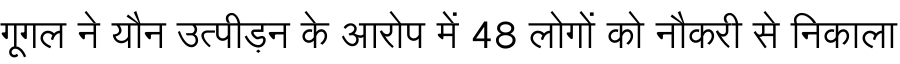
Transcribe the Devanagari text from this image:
गूगल ने यौन उत्पीड़न के आरोप में 48 लोगों को नौकरी से निकाला